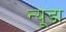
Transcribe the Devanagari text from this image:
न्यूडा